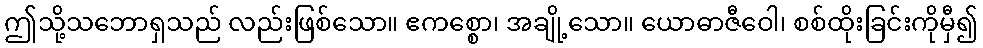
ဤသို့သဘောရှသည် လည်းဖြစ်သော။ ဧကစ္စော၊ အချို့သော။ ယောဓာဇီဝေါ၊ စစ်ထိုးခြင်းကိုမှီ၍